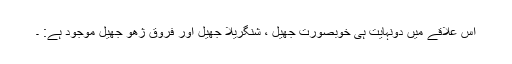
اس علاقے میں دونہایت ہی خوبصورت جھیل ، شنگریلا جھیل اور فروق ژھو جھیل موجود ہے: ۔